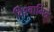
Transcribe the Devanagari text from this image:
विश्वामित्रे